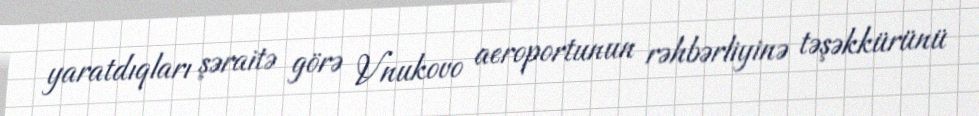
yaratdıqları şəraitə görə Vnukovo aeroportunun rəhbərliyinə təşəkkürünü